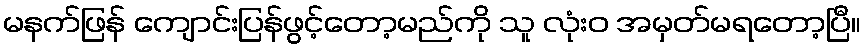
မနက်ဖြန် ကျောင်းပြန်ဖွင့်တော့မည်ကို သူ လုံးဝ အမှတ်မရတော့ပြီ။